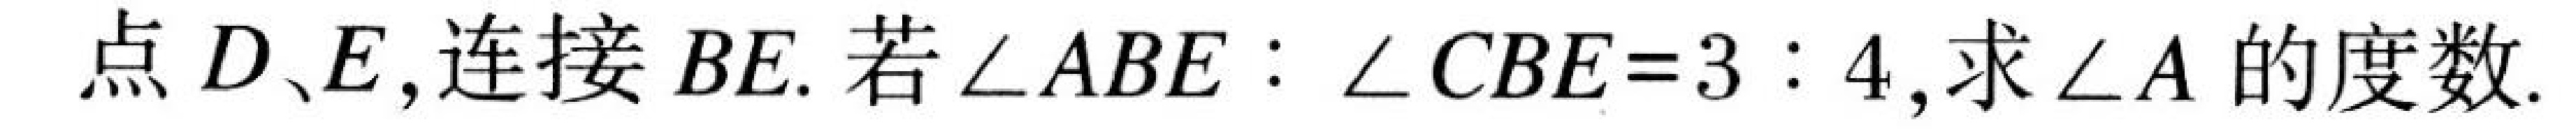
点$D、E$,连接$BE$.若$\angle ABE:\angle CBE = 3:4$,求$\angle A$的度数.